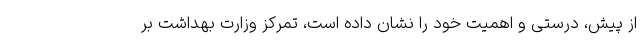
از پیش، درستی و اهمیت خود را نشان داده است، تمرکز وزارت بهداشت بر